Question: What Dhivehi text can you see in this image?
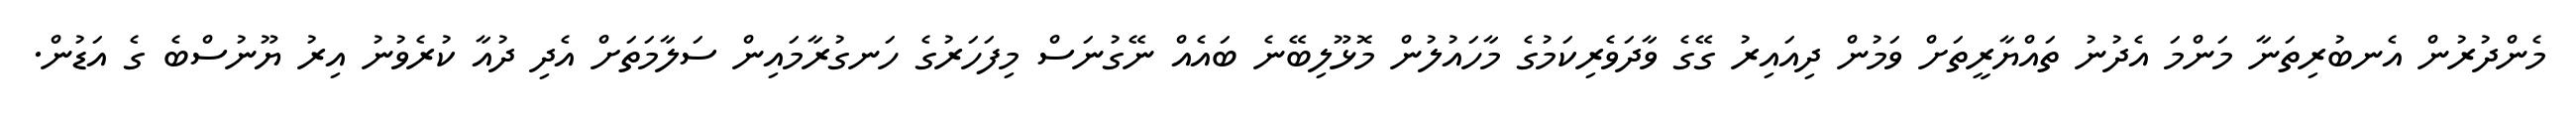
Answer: މެންދުރުން އެނބުރިތަނާ މަންމަ އެދުނު ތައްޔާރީތަށް ވަމުން ދިއައިރު ގޭގެ ވާދަވެރިކަމުގެ މާހައުލުން މޮޅޫލިބޭނެ ބައެއް ނޭގުނަސް މިފަހަރުގެ ހަނގުރާމައިން ސަލާމަތަށް އެދި ދުއާ ކުރެވުނު އިރު ޔޫނުސްބެ ގެ އަޑުން.